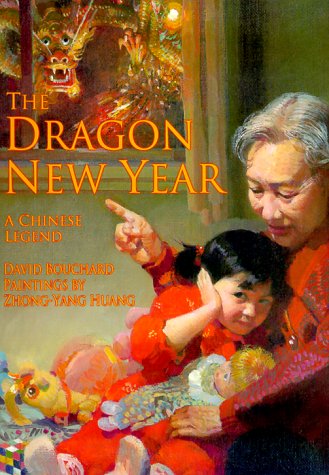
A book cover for The Dragon New Year: A Chinese Legend (Chinese Legends Trilogy); David Bouchard; Children's Books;